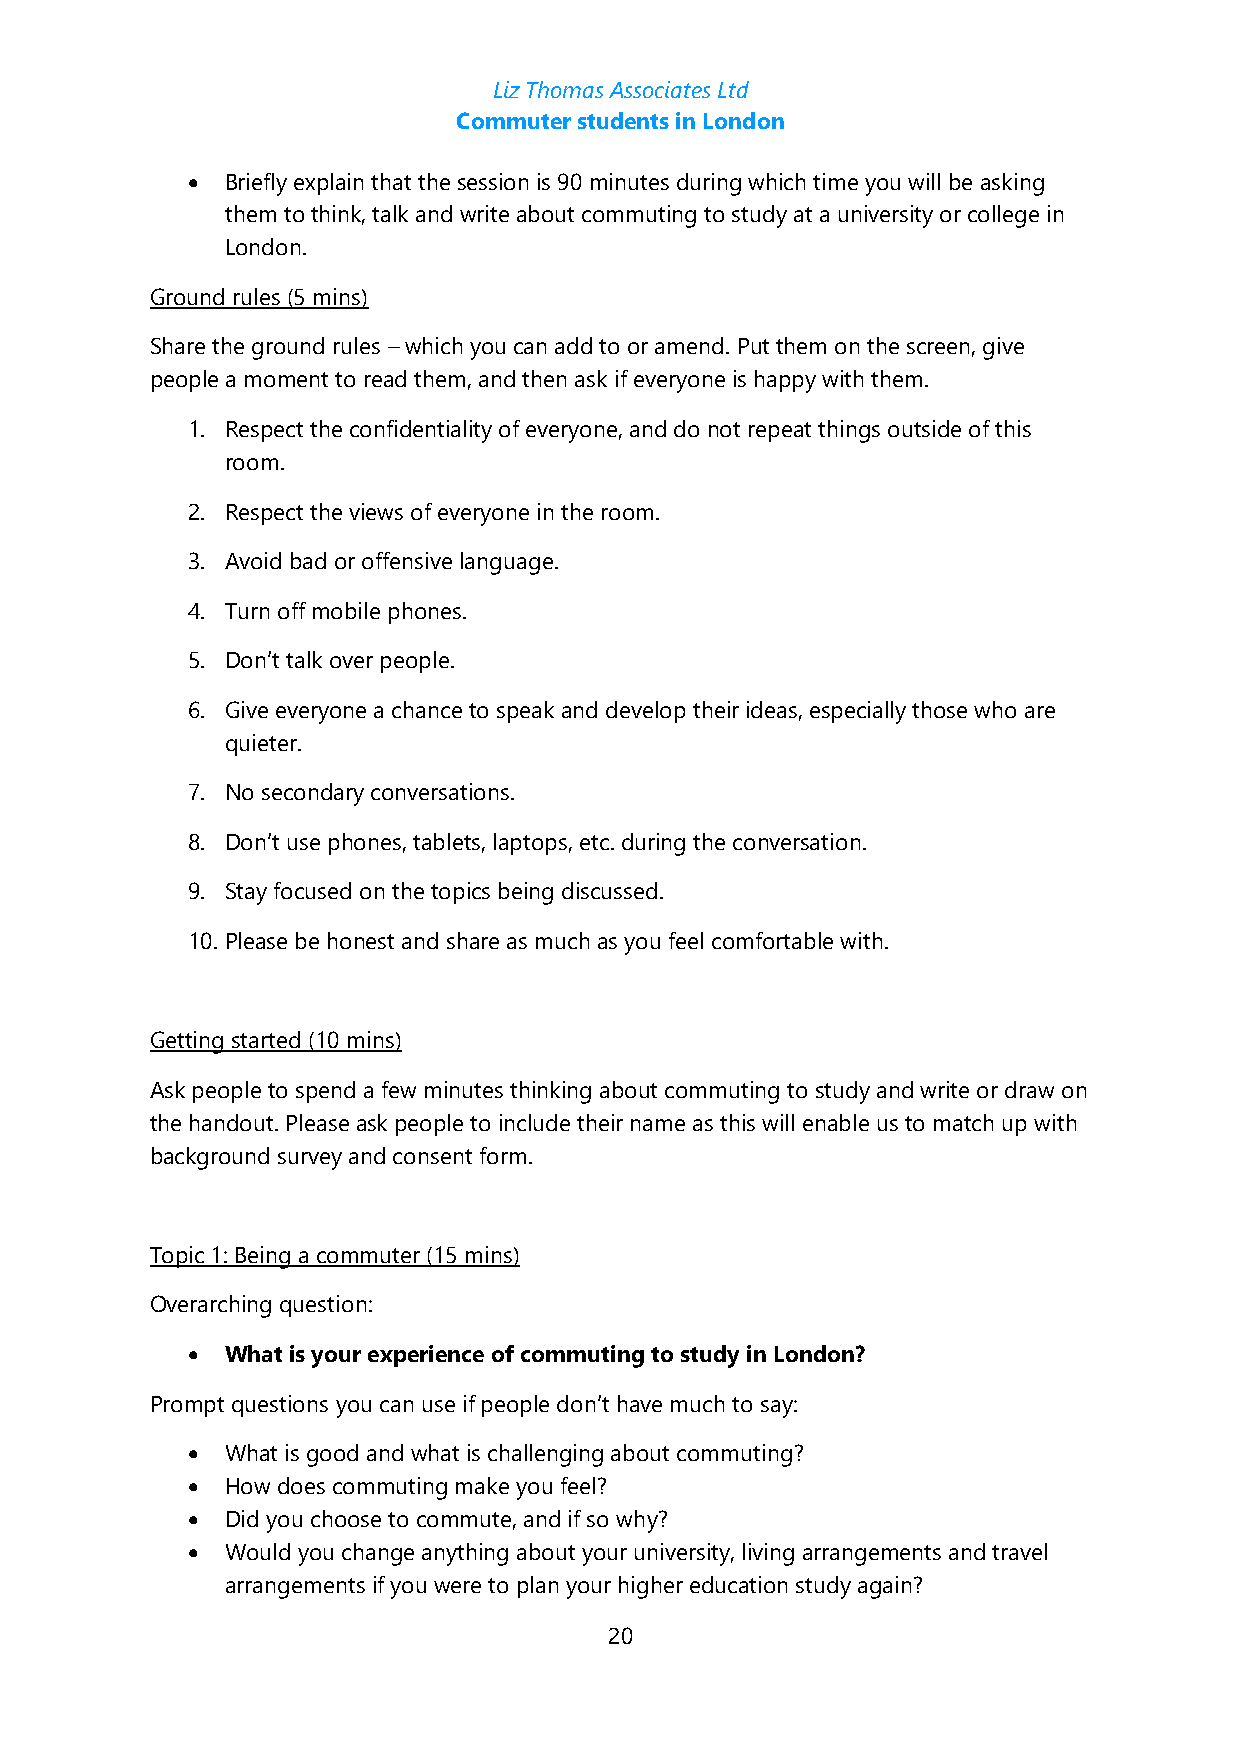
Liz Thomas Associates Ltd
 Commuter students in London
 •  Briefly explain that the session is 90 minutes during which time you will be asking
 them to think, talk and write about commuting to study at a university or college in
 London.
 Ground rules (5 mins)
 Share the ground rules – which you can add to or amend. Put them on the screen, give
 people a moment to read them, and then ask if everyone is happy with them.
 1. Respect the confidentiality of everyone, and do not repeat things outside of this
 room.
 2. Respect the views of everyone in the room.
 3. Avoid bad or offensive language.
 4. Turn off mobile phones.
 5. Don’t talk over people.
 6. Give everyone a chance to speak and develop their ideas, especially those who are
 quieter.
 7. No secondary conversations.
 8. Don’t use phones, tablets, laptops, etc. during the conversation.
 9. Stay focused on the topics being discussed.
 10. Please be honest and share as much as you feel comfortable with.
 Getting started (10 mins)
 Ask people to spend a few minutes thinking about commuting to study and write or draw on
 the handout. Please ask people to include their name as this will enable us to match up with
 background survey and consent form.
 Topic 1: Being a commuter (15 mins)
 Overarching question:
 •  What is your experience of commuting to study in London?
 Prompt questions you can use if people don’t have much to say:
 •  What is good and what is challenging about commuting?
 •  How does commuting make you feel?
 •  Did you choose to commute, and if so why?
 •  Would you change anything about your university, living arrangements and travel
 arrangements if you were to plan your higher education study again?
 20